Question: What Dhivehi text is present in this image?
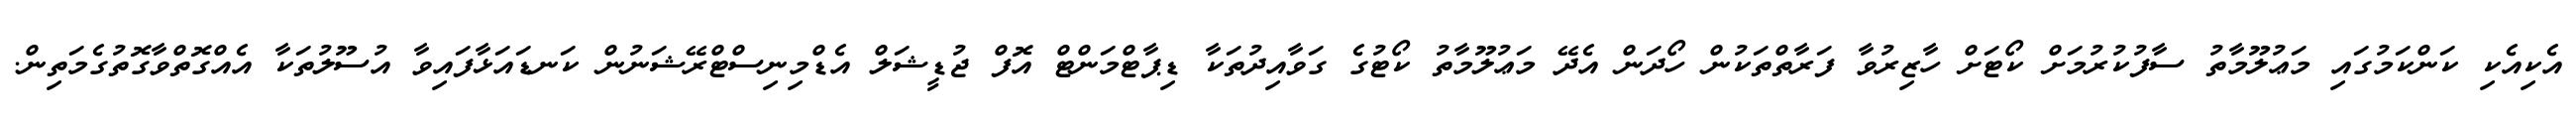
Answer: އެކިއެކި ކަންކަމުގައި މަޢުލޫމާތު ސާފުކުރުމަށް ކޯޓަށް ހާޒިރުވާ ފަރާތްތަކުން ހޯދަން އެދޭ މަޢުލޫމާތު ކޯޓުގެ ގަވާއިދުތަކާ ޑިޕާޓްމަންޓް އޮފް ޖުޑީޝަލް އެޑްމިނިސްޓްރޭޝަނުން ކަނޑައަޅާފައިވާ އުސޫލުތަކާ އެއްގޮތްވާގޮތުގެމަތިން.